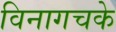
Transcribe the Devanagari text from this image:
विनागचके